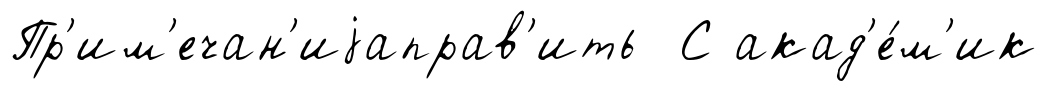
Пр'им'ечан'иjаправ'ить С акад'е́м'ик